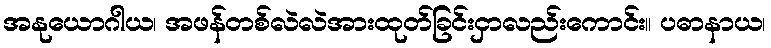
အနုယောဂါယ၊ အဖန်တစ်လဲလဲအားထုတ်ခြင်းငှာလည်းကောင်း။ ပဓာနာယ၊